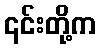
၎င်းတို့က